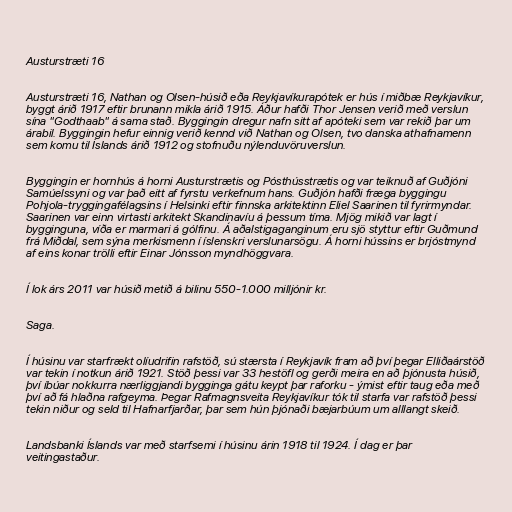
Austurstræti 16

Austurstræti 16, Nathan og Olsen-húsið eða Reykjavíkurapótek er hús í miðbæ Reykjavíkur,
byggt árið 1917 eftir brunann mikla árið 1915. Áður hafði Thor Jensen verið með verslun
sína "Godthaab" á sama stað. Byggingin dregur nafn sitt af apóteki sem var rekið þar um
árabil. Byggingin hefur einnig verið kennd við Nathan og Olsen, tvo danska athafnamenn
sem komu til Íslands árið 1912 og stofnuðu nýlenduvöruverslun.

Byggingin er hornhús á horni Austurstrætis og Pósthússtrætis og var teiknuð af Guðjóni
Samúelssyni og var það eitt af fyrstu verkefnum hans. Guðjón hafði fræga byggingu
Pohjola-tryggingafélagsins í Helsinki eftir finnska arkitektinn Eliel Saarinen til fyrirmyndar.
Saarinen var einn virtasti arkitekt Skandinavíu á þessum tíma. Mjög mikið var lagt í
bygginguna, víða er marmari á gólfinu. Á aðalstigaganginum eru sjö styttur eftir Guðmund
frá Miðdal, sem sýna merkismenn í íslenskri verslunarsögu. Á horni hússins er brjóstmynd
af eins konar trölli eftir Einar Jónsson myndhöggvara.

Í lok árs 2011 var húsið metið á bilinu 550-1.000 milljónir kr.

Saga.

Í húsinu var starfrækt olíudrifin rafstöð, sú stærsta í Reykjavík fram að því þegar Elliðaárstöð
var tekin í notkun árið 1921. Stöð þessi var 33 hestöfl og gerði meira en að þjónusta húsið,
því íbúar nokkurra nærliggjandi bygginga gátu keypt þar raforku - ýmist eftir taug eða með
því að fá hlaðna rafgeyma. Þegar Rafmagnsveita Reykjavíkur tók til starfa var rafstöð þessi
tekin niður og seld til Hafnarfjarðar, þar sem hún þjónaði bæjarbúum um alllangt skeið.

Landsbanki Íslands var með starfsemi í húsinu árin 1918 til 1924. Í dag er þar
veitingastaður.